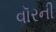
વૉરની